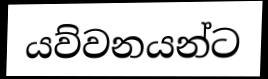
යව්වනයන්ට